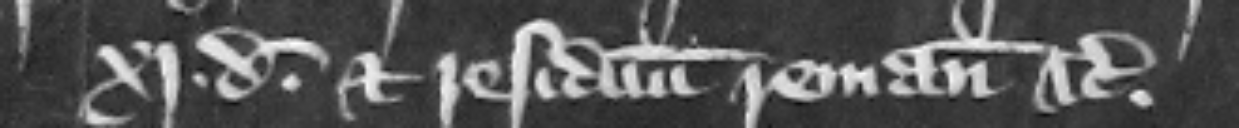
xi. d . et residuum remaneat etc.